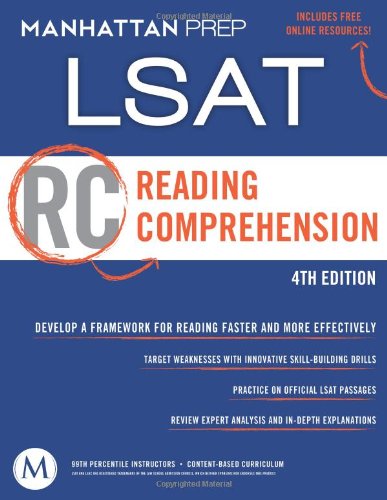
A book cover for Reading Comprehension: LSAT Strategy Guide, 4th Edition; Manhattan Prep; Test Preparation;